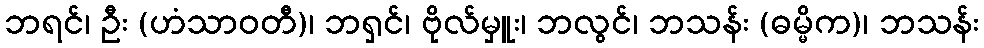
ဘရင်၊ ဦး (ဟံသာဝတီ)၊ ဘရှင်၊ ဗိုလ်မှူး၊ ဘလွင်၊ ဘသန်း (ဓမ္မိက)၊ ဘသန်း